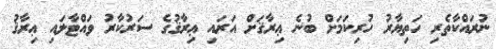
ނުރައްކާތެރި ހަތިޔާރު ހުރިކަމަށް ބުނެ ޢިރާޤަށް އަރައި ޢިރާޤުގެ ސަރުކާރު ވައްޓާލައި ޢިރާޤު